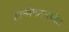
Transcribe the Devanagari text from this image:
हानोफरमधील